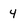
Character: 4